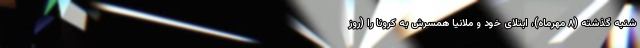
شنبه گذشته (۸ مهرماه)، ابتلای خود و ملانیا همسرش به کرونا را (روز